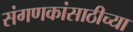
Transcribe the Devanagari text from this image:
संगणकांसाठीच्या